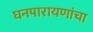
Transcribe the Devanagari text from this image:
घनपारायणांचा